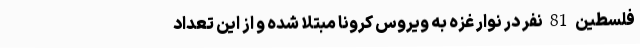
فلسطین 81 نفر در نوار غزه به ویروس کرونا مبتلا شده و از این تعداد